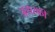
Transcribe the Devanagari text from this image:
असरफी